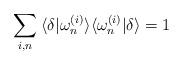
LaTeX: \begin{align*}\sum_{i,n} \:\langle \delta | \omega_{n}^{(i)} \rangle \langle \omega_{n}^{(i)}|\delta \rangle = 1 \end{align*}